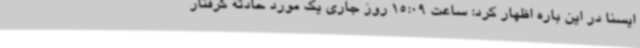
ایسنا در این باره اظهار کرد: ساعت 15:09 روز جاری یک مورد حادثه گرفتار